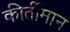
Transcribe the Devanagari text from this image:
कीर्तीमान